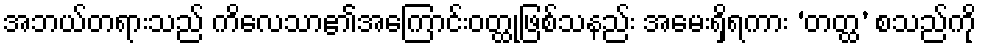
အဘယ်တရားသည် ကိလေသာ၏အကြောင်းဝတ္ထုဖြစ်သနည်း အမေးရှိရကား ‘တတ္ထ’ စသည်ကို